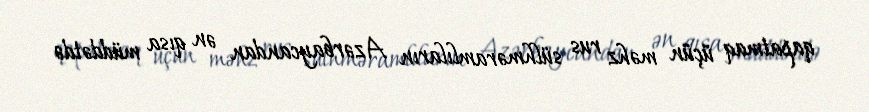
qapatmaq üçün məhz rus sülhməramlıların Azərbaycandan ən qısa müddətdə